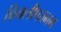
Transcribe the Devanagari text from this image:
बिमलीपत्तनम